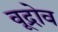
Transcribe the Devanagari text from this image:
वूद्रोव